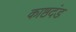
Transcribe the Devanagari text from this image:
काष्ठदंड